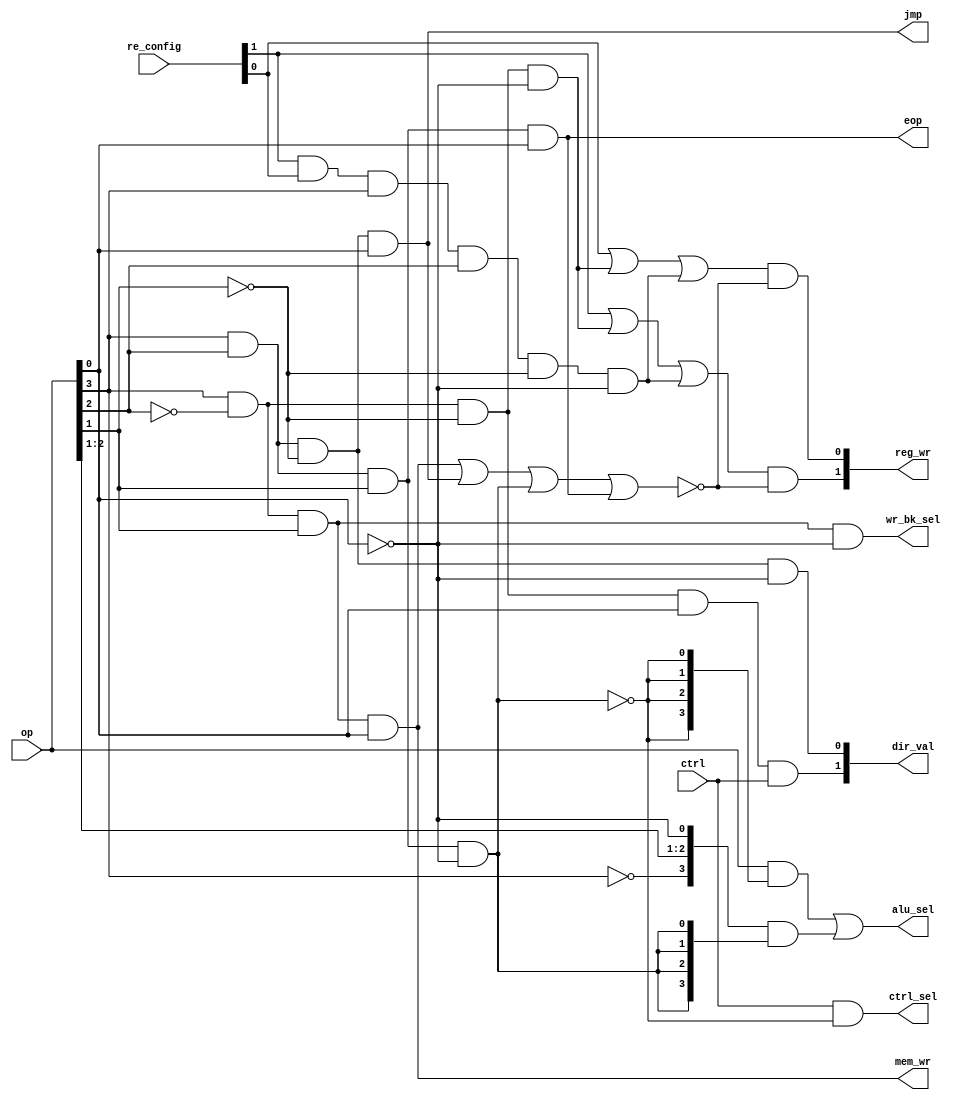
`timescale 1ns / 1ps
//////////////////////////////////////////////////////////////////////////////////
// Company: 
// Engineer: 
// 
// Design Name: 
// Module Name:    Control_Unit 
// Project Name: 
// Target Devices: 
// Tool versions: 
// Description: 
//
// Dependencies: 
//
// Revision: 
// Revision 0.01 - File Created
// Additional Comments: 
//
//////////////////////////////////////////////////////////////////////////////////
module Control_Unit(
input [3:0]op,
input ctrl,
input [1:0]re_config,
output jmp,eop,ctrl_sel,mem_wr,wr_bk_sel,
output [1:0]reg_wr,
output [3:0]alu_sel,
output [1:0]dir_val
    );

wire w1,w2,w3,w4,k,shiftv;

//Regwr
assign w1=(op[3]&~op[2]&op[1]&op[0]);	//store
assign w2=(op[3]&op[2]&~op[1]&op[0]);	//jump
assign w3=(op[3]&op[2]&op[1]&~op[0]);	//NOP
assign w4=(op[3]&op[2]&op[1]&op[0]);	//EOP
assign k=w1|w2|w3|w4;

assign shiftv=re_config[1]&re_config[0]&op[3]&op[2]&~op[1]&~op[0];
assign reg_wr[1]=(re_config[1]|(op[3]&~op[2]&~op[1]&~op[0])|shiftv)&(~k);
assign reg_wr[0]=(re_config[0]|(op[3]&~op[2]&~op[1]&~op[0])|shiftv)&(~k);
//Memwr
assign mem_wr=w1;

//Write Back Select
assign wr_bk_sel=(op[3]&~op[2]&op[1]&~op[0]);

//Dual select in ALU
assign ctrl_sel=ctrl&~w3;

//Jump
assign jmp=(op[3]&op[2]&~op[1]&op[0]);

//EOP
assign eop=(op[3]&op[2]&op[1]&op[0]);

//Direct Value
assign dir_val[1]=op[3]&~op[2]&~op[1]&op[0]&ctrl;
assign dir_val[0]=op[3]&op[2]&~op[1]&~op[0];

//ALU select
assign alu_sel=(op&{4{~w3}})|({~op[3],op[2],op[1],~op[0]}&{4{w3}});

endmodule